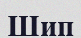
Шип